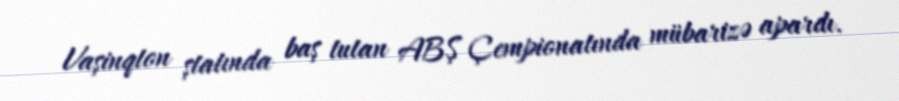
Vaşinqton ştatında baş tutan ABŞ Çempionatında mübarizə apardı.